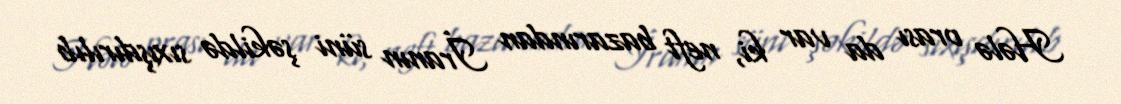
Hələ orası da var ki, neft bazarından İranın süni şəkildə sıxışdırılıb